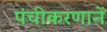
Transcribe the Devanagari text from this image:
पंचीकरणानें